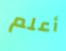
أعلم